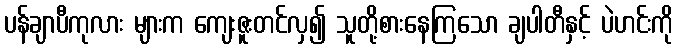
ပန်ချာပီကုလား များက ကျေးဇူးတင်လှ၍ သူတို့စားနေကြသော ချပါတီနှင့် ပဲဟင်းကို